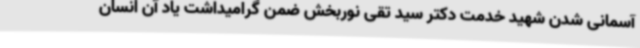
آسمانی شدن شهید خدمت دکتر سید تقی نوربخش ضمن گرامیداشت یاد آن انسان